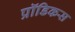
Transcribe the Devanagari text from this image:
प्रॉडिकस